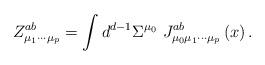
LaTeX: \begin{align*}Z_{\mu _1\cdots \mu _p}^{ab}=\int d^{d-1}\Sigma ^{\mu _0}\,\,J_{\mu _0\mu_1\cdots \mu _p}^{ab}\left( x\right) .\end{align*}